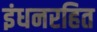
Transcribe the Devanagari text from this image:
इंधनरहित